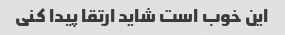
این خوب است شاید ارتقا پیدا کنی